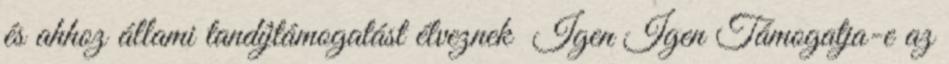
és ahhoz állami tandíjtámogatást élveznek Igen Igen Támogatja-e az